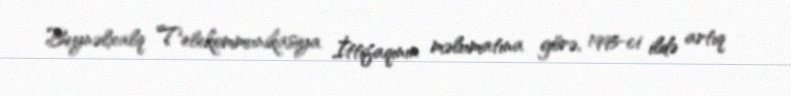
Beynəlxalq Telekommunikasiya İttifaqının məlumatına görə, 1995-ci ildə artıq